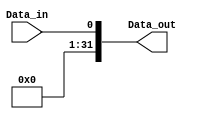
module Sign_extend_1 (
    input wire Data_in,
    output wire [31:0] Data_out
);

    assign Data_out = {{31{1'b0}}, Data_in};
    
endmodule